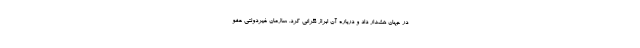
در جهان هشدار داد و درباره آن ابراز نگرانی کرد. سازمان غیردولتی عفو